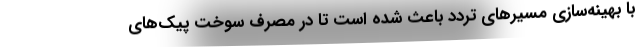
با بهینه‌سازی مسیر‌های تردد باعث شده است تا در مصرف سوخت پیک­های